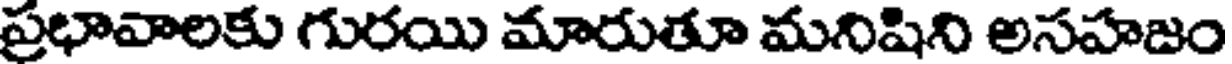
ప్రభావాలకు గురయి మారుతూ మనిషిని అసహజం